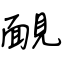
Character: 靦